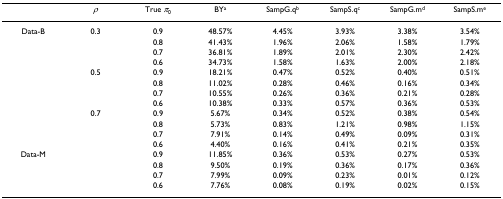
<table><thead><tr><td></td><td><b><i>ρ</i></b></td><td><b>True <i>π</i><sub>0</sub></b></td><td><b>BY<sup>a</sup></b></td><td><b>SampG.q<sup>b</sup></b></td><td><b>SampS.q<sup>c</sup></b></td><td><b>SampG.m<sup>d</sup></b></td><td><b>SampS.m<sup>e</sup></b></td></tr></thead><tbody><tr><td>Data-B</td><td>0.3</td><td>0.9</td><td>48.57%</td><td>4.45%</td><td>3.93%</td><td>3.38%</td><td>3.54%</td></tr><tr><td></td><td></td><td>0.8</td><td>41.43%</td><td>1.96%</td><td>2.06%</td><td>1.58%</td><td>1.79%</td></tr><tr><td></td><td></td><td>0.7</td><td>36.81%</td><td>1.89%</td><td>2.01%</td><td>2.30%</td><td>2.42%</td></tr><tr><td></td><td></td><td>0.6</td><td>34.73%</td><td>1.58%</td><td>1.63%</td><td>2.00%</td><td>2.18%</td></tr><tr><td></td><td>0.5</td><td>0.9</td><td>18.21%</td><td>0.47%</td><td>0.52%</td><td>0.40%</td><td>0.51%</td></tr><tr><td></td><td></td><td>0.8</td><td>11.02%</td><td>0.28%</td><td>0.46%</td><td>0.16%</td><td>0.34%</td></tr><tr><td></td><td></td><td>0.7</td><td>10.55%</td><td>0.26%</td><td>0.36%</td><td>0.21%</td><td>0.28%</td></tr><tr><td></td><td></td><td>0.6</td><td>10.38%</td><td>0.33%</td><td>0.57%</td><td>0.36%</td><td>0.53%</td></tr><tr><td></td><td>0.7</td><td>0.9</td><td>5.67%</td><td>0.34%</td><td>0.52%</td><td>0.38%</td><td>0.54%</td></tr><tr><td></td><td></td><td>0.8</td><td>5.73%</td><td>0.83%</td><td>1.21%</td><td>0.98%</td><td>1.15%</td></tr><tr><td></td><td></td><td>0.7</td><td>7.91%</td><td>0.14%</td><td>0.49%</td><td>0.09%</td><td>0.31%</td></tr><tr><td></td><td></td><td>0.6</td><td>4.40%</td><td>0.16%</td><td>0.41%</td><td>0.21%</td><td>0.35%</td></tr><tr><td>Data-M</td><td></td><td>0.9</td><td>11.85%</td><td>0.36%</td><td>0.53%</td><td>0.27%</td><td>0.53%</td></tr><tr><td></td><td></td><td>0.8</td><td>9.50%</td><td>0.19%</td><td>0.36%</td><td>0.17%</td><td>0.36%</td></tr><tr><td></td><td></td><td>0.7</td><td>7.99%</td><td>0.09%</td><td>0.23%</td><td>0.01%</td><td>0.12%</td></tr><tr><td></td><td></td><td>0.6</td><td>7.76%</td><td>0.08%</td><td>0.19%</td><td>0.02%</td><td>0.15%</td></tr></tbody></table>